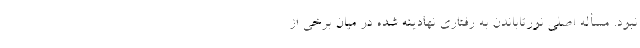
نبود. مسأله اصلی نورتاباندن به رفتاری نهادینه شده در میان برخی از